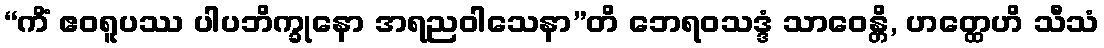
“ကိံ ဧဝရူပဿ ပါပဘိက္ခုနော အရညဝါသေနာ”တိ ဘေရဝသဒ္ဒံ သာဝေန္တိ, ဟတ္ထေဟိ သီသံ